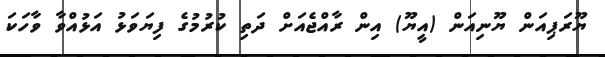
ޔޫރަޕިއަން ޔޫނިއަން (އީޔޫ) އިން ރާއްޖެއަށް ދަތި ކުރުމުގެ ފިޔަވަޅު އަޅުއްވާ ވާހަކަ